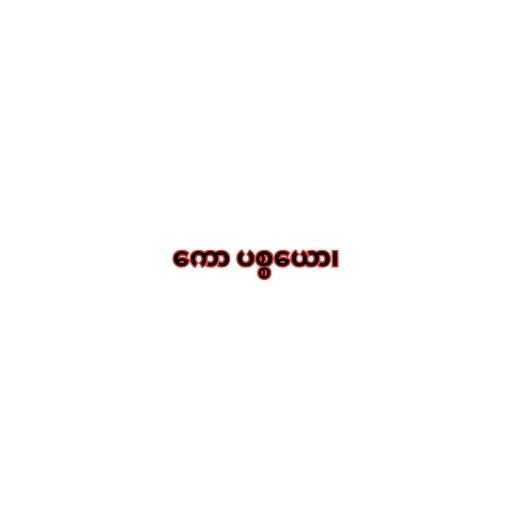
ကော ပစ္စယော၊